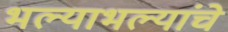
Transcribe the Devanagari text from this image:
भल्याभल्यांचे